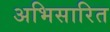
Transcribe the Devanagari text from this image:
अभिसारित